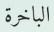
الباخرة